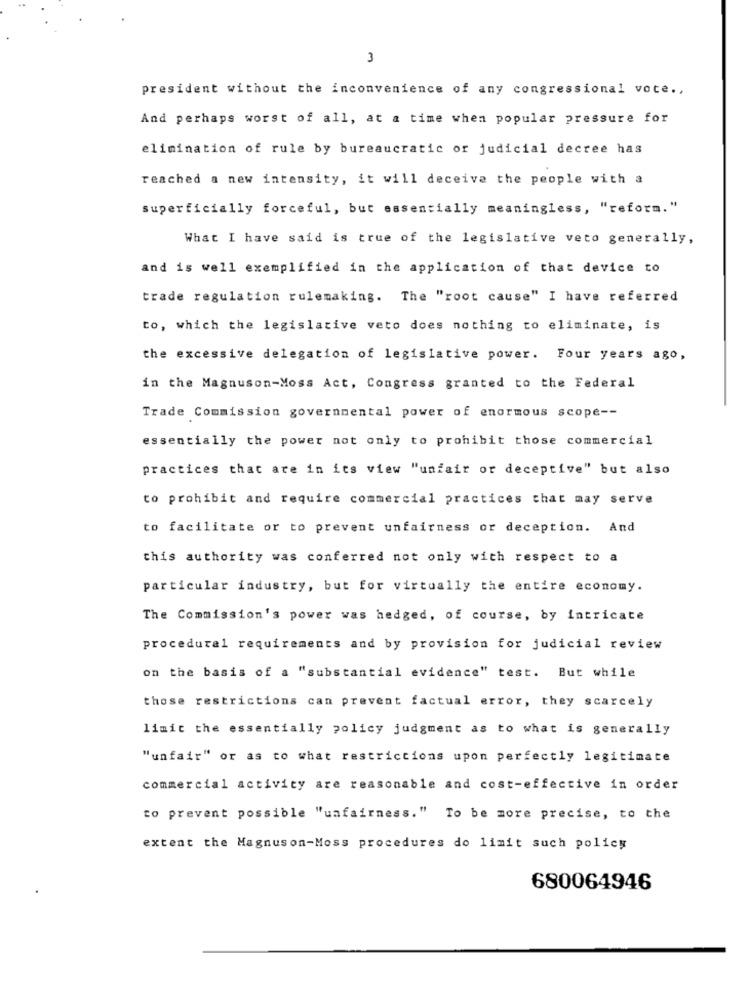
3
president without the inconvenience of any congressional vote .,
And perhaps worst of all, at a time when popular pressure for
elimination of rule by bureaucratic or judicial decree has
reached a new intensity, it will deceive the people with a
superficially forceful, but essentially meaningless, "reform."
What I have said is true of the legislative veto generally,
and is well exemplified in the application of that device to
trade regulation rulemaking. The "root cause" I have referred
to, which the legislative veto does nothing to eliminate, is
the excessive delegation of legislative power. Four years ago,
in the Magnuson-Moss Act, Congress granted to the Federal
Trade Commission governmental power of enormous scope --
essentially the power not only to prohibit those commercial
practices that are in its view "unfair or deceptive" but also
to prohibit and require commercial practices that may serve
to facilitate or to prevent unfairness or deception. And
this authority was conferred not only with respect to a
particular industry, but for virtually the entire economy.
The Commission's power was hedged, of course, by intricate
procedural requirements and by provision for judicial review
on the basis of a "substantial evidence" test. But while
those restrictions can prevent factual error, they scarcely
limit the essentially policy judgment as to what is generally
"unfair" or as to what restrictions upon perfectly legitimate
commercial activity are reasonable and cost-effective in order
to prevent possible "uafairness." To be more precise, to the
extent the Magnuson-Moss procedures do limit such policy
680064946